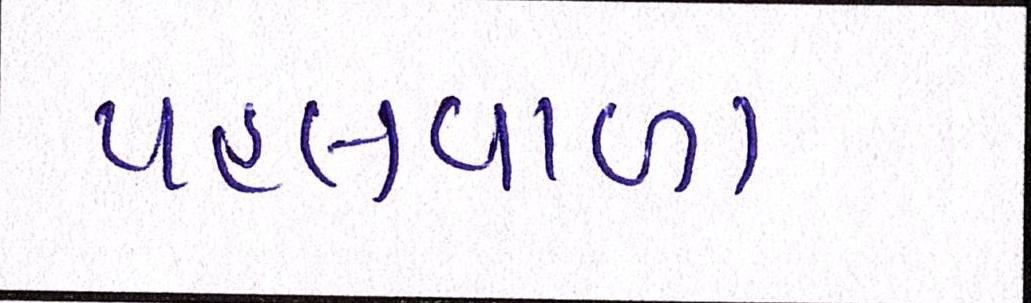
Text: પહલવાળા